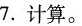
7.计算。